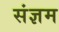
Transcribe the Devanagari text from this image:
संज्ञम